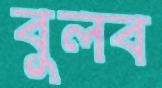
বুলব